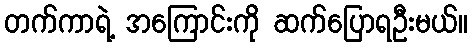
တက်ကာရဲ့ အကြောင်းကို ဆက်ပြောရဦးမယ်။